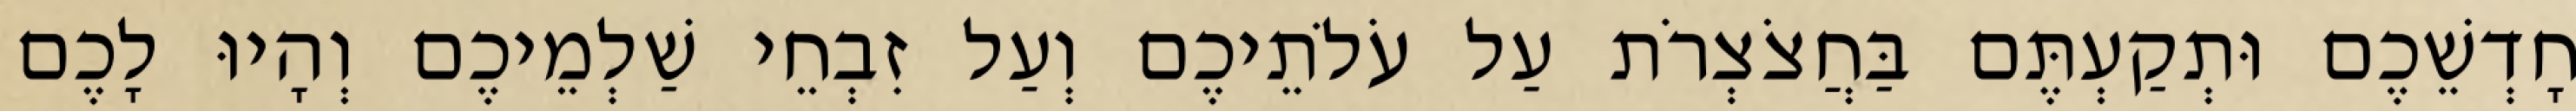
חָדְשֵׁכֶם וּתְקַעְתֶּם בַּחֲצֹצְרֹת עַל עֹלֹתֵיכֶם וְעַל זִבְחֵי שַׁלְמֵיכֶם וְהָיוּ לָכֶם